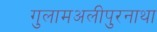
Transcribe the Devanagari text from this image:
गुलामअलीपुरनाथा